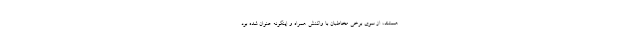
هستند، از سوی برخی مخاطبان با واکنش همراه و اینگونه عنوان شده بود